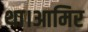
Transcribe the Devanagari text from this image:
था।आमिर